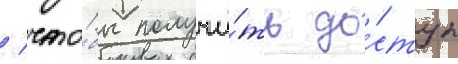
/ что́бы получи́ть до́ступ